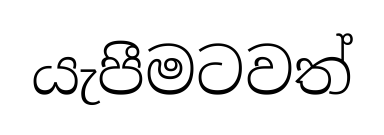
යැපීමටවත්